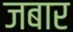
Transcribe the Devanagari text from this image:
जबार